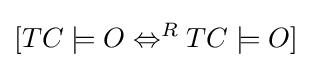
[TC\models O\Leftrightarrow ^{R}TC\models O]